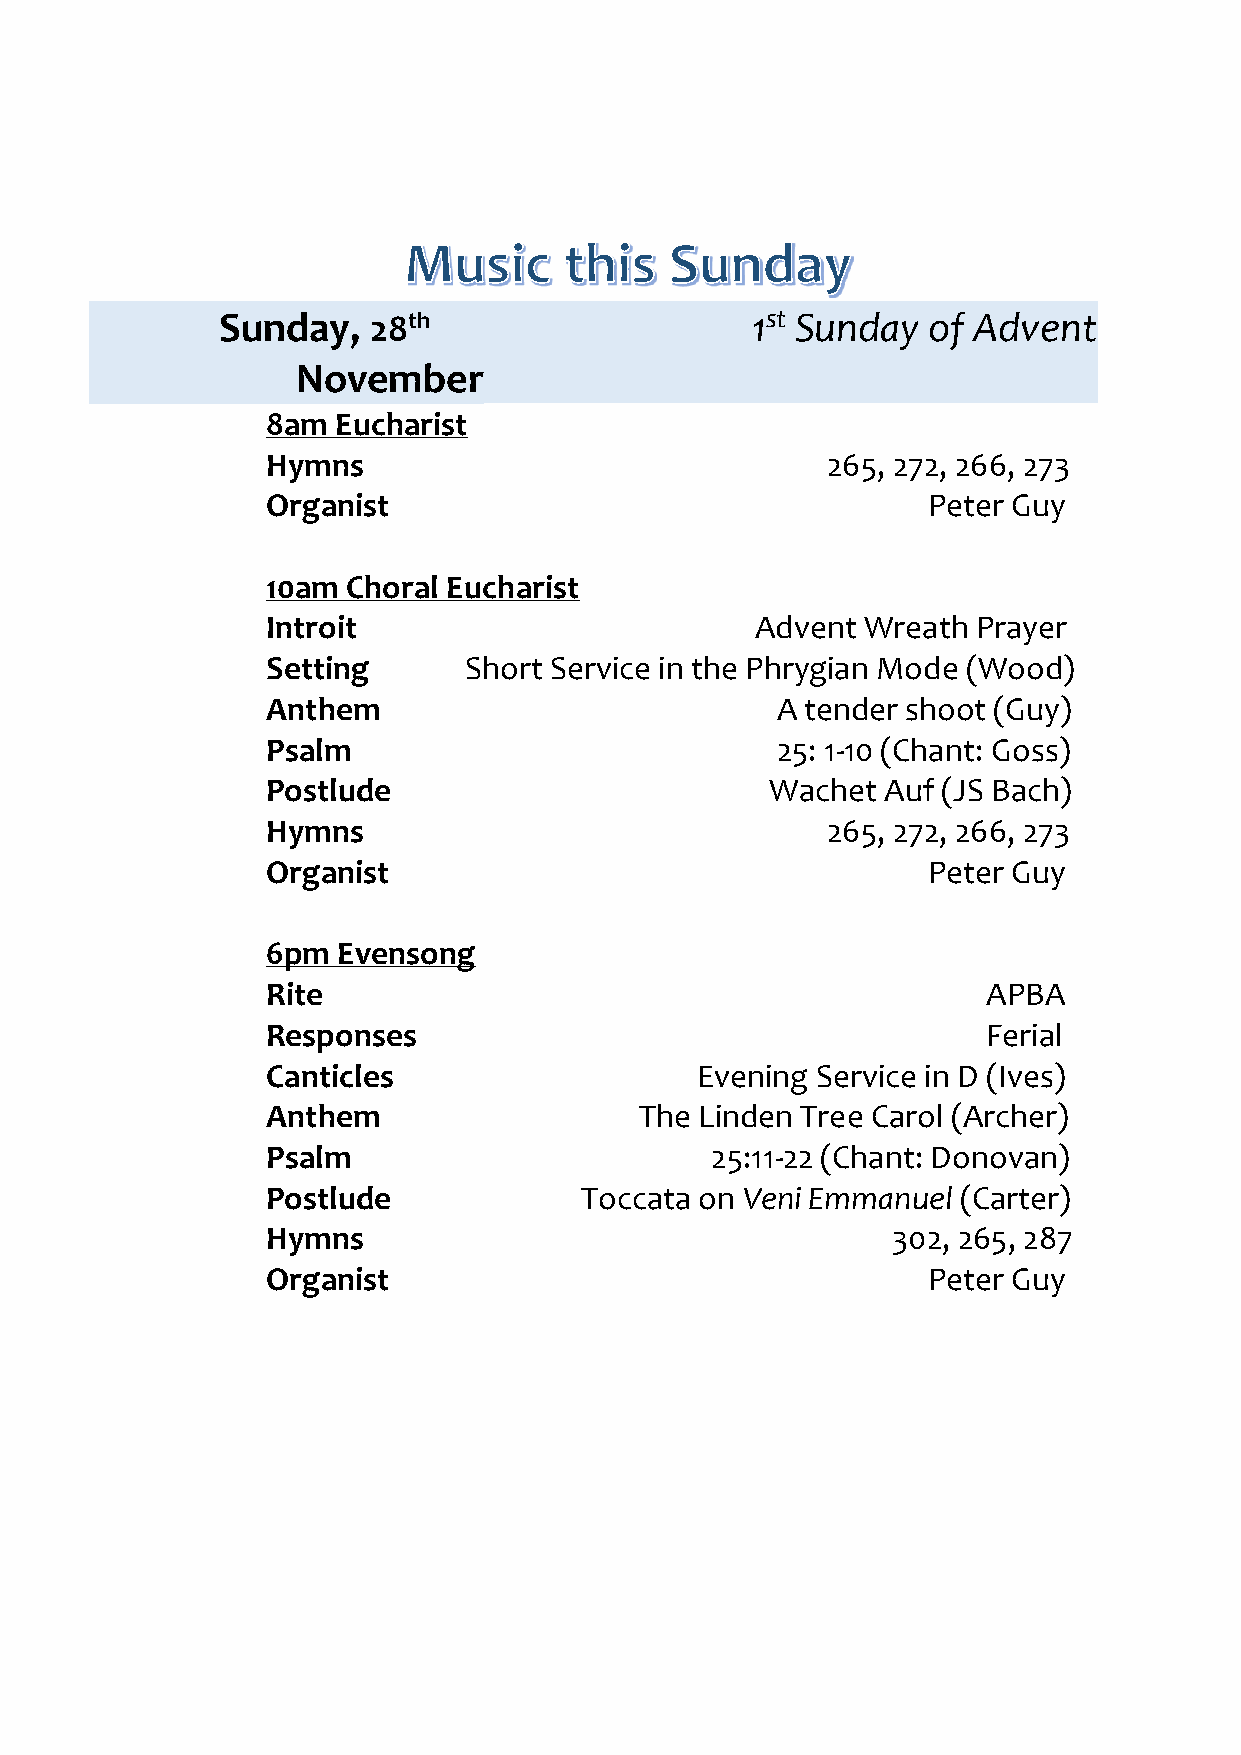
Sunday,  28th                      1st Sunday of Advent
 November
 8am Eucharist
 Hymns                                265, 272, 266, 273
 Organist                                   Peter Guy
 10am Choral Eucharist
 Introit                         Advent Wreath  Prayer
 Setting      Short Service in the Phrygian Mode (Wood)
 Anthem                           A tender shoot (Guy)
 Psalm                            25: 1-10 (Chant: Goss)
 Postlude                         Wachet  Auf (JS Bach)
 Hymns                                265, 272, 266, 273
 Organist                                   Peter Guy
 6pm Evensong
 Rite                                           APBA
 Responses                                      Ferial
 Canticles                   Evening Service in D (Ives)
 Anthem                  The Linden Tree Carol (Archer)
 Psalm                        25:11-22 (Chant: Donovan)
 Postlude            Toccata on Veni Emmanuel  (Carter)
 Hymns                                    302, 265, 287
 Organist                                   Peter Guy